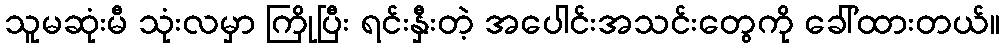
သူမဆုံးမီ သုံးလမှာ ကြိုပြီး ရင်းနှီးတဲ့ အပေါင်းအသင်းတွေကို ခေါ်ထားတယ်။